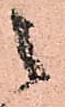
之